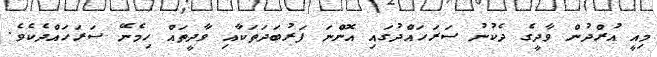
މިއީ އުރްދުން ވާދީގެ ދެކުނު ސަރަހައްދުގައި އޮންނަ ފަރުބަދަތަކާއި ވާދީތައް ހިމެނޭ ސަރަހައްދެކެވެ.